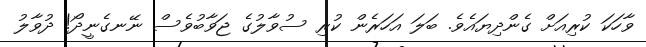
ވާހަކަ ކުރިއަށް ގެންދިޔައެވެ. ބަލަ އަހަރެން ކުރި ސުވާލުގެ ޖަވާބުވެސް ނޭނގެނީދޯ! ދުވާލު